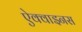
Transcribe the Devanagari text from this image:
ऐक्वाइनस